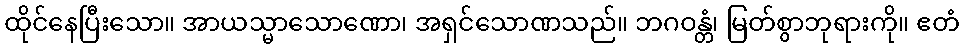
ထိုင်နေပြီးသော။ အာယသ္မာသောဏော၊ အရှင်သောဏသည်။ ဘဂဝန္တံ၊ မြတ်စွာဘုရားကို။ ဧတံ